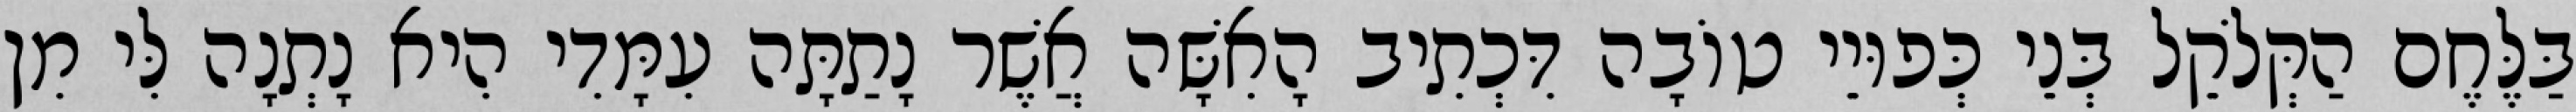
בַּלֶּחֶם הַקְּלֹקֵל בְּנֵי כְּפוּיֵי טוֹבָה דִּכְתִיב הָאִשָּׁה אֲשֶׁר נָתַתָּה עִמָּדִי הִיא נָתְנָה לִּי מִן